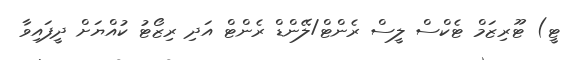
ޓީ) ޓޫރިޒަމް ޓެކްސް ލީސް ރެންޓް/ލޭންޑް ރެންޓް އަދި ރިޒޯޓު ކުއްޔަށް ދީފައިވާ